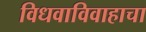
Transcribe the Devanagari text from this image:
विधवाविवाहाचा